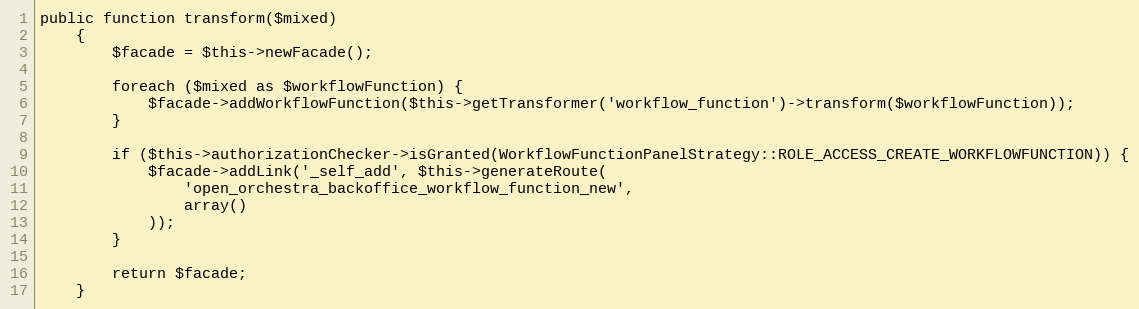
Language: PHP
public function transform($mixed)
    {
        $facade = $this->newFacade();

        foreach ($mixed as $workflowFunction) {
            $facade->addWorkflowFunction($this->getTransformer('workflow_function')->transform($workflowFunction));
        }

        if ($this->authorizationChecker->isGranted(WorkflowFunctionPanelStrategy::ROLE_ACCESS_CREATE_WORKFLOWFUNCTION)) {
            $facade->addLink('_self_add', $this->generateRoute(
                'open_orchestra_backoffice_workflow_function_new',
                array()
            ));
        }

        return $facade;
    }